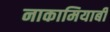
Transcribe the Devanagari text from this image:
नाकामियाबी